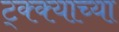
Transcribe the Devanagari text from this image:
ट्क्क्याच्या